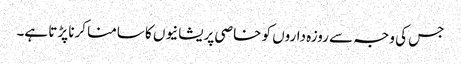
جس کی وجہ سے روزہ داروں کو خاصی پریشانیوں کا سامنا کرنا پڑتا ہے۔